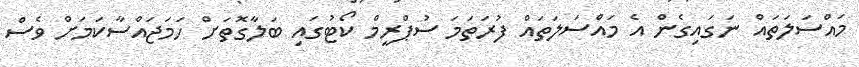
މައްސަލަތައް ނަގައިގެން އެ މައްސަލަތައް ފުރަތަމަ ސުޕްރީމް ކޯޓުގައި ބަލާގޮތަށް ހަމަޖައްސާކަމަށް ވެސް